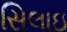
સિલાઇ